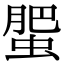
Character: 蜰